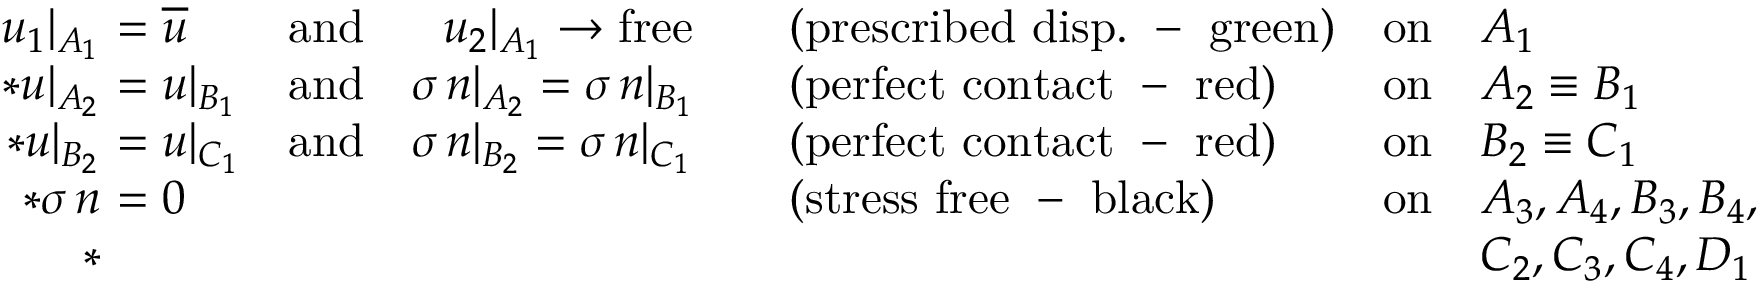
\begin{array} { r } { \begin{array} { r l l l l l } { u _ { 1 } \vert _ { A _ { 1 } } } & { \! \! \! \! = \overline { { u } } } & { \mathrm { a n d } \quad \, \, \, \, u _ { 2 } \vert _ { A _ { 1 } } \to \mathrm { f r e e } } & { \quad ( \mathrm { p r e s c r i b e d ~ d i s p . ~ - ~ g r e e n } ) } & { \mathrm { o n } } & { A _ { 1 } } \\ { * u \vert _ { A _ { 2 } } } & { \! \! \! \! = u \vert _ { B _ { 1 } } } & { \mathrm { a n d } \quad \sigma \, n \vert _ { A _ { 2 } } = \sigma \, n \vert _ { B _ { 1 } } } & { \quad ( \mathrm { p e r f e c t ~ c o n t a c t ~ - ~ r e d } ) } & { \mathrm { o n } } & { A _ { 2 } \equiv B _ { 1 } } \\ { * u \vert _ { B _ { 2 } } } & { \! \! \! \! = u \vert _ { C _ { 1 } } } & { \mathrm { a n d } \quad \sigma \, n \vert _ { B _ { 2 } } = \sigma \, n \vert _ { C _ { 1 } } } & { \quad ( \mathrm { p e r f e c t ~ c o n t a c t ~ - ~ r e d } ) } & { \mathrm { o n } } & { B _ { 2 } \equiv C _ { 1 } } \\ { * \sigma \, n } & { \! \! \! \! = 0 } & & { \quad ( \mathrm { s t r e s s ~ f r e e ~ - ~ b l a c k } ) } & { \mathrm { o n } } & { A _ { 3 } , A _ { 4 } , B _ { 3 } , B _ { 4 } , } \\ { * } & & & & & { C _ { 2 } , C _ { 3 } , C _ { 4 } , D _ { 1 } } \end{array} } \end{array}